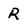
Character: R